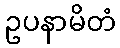
ဥပနာမိတံ